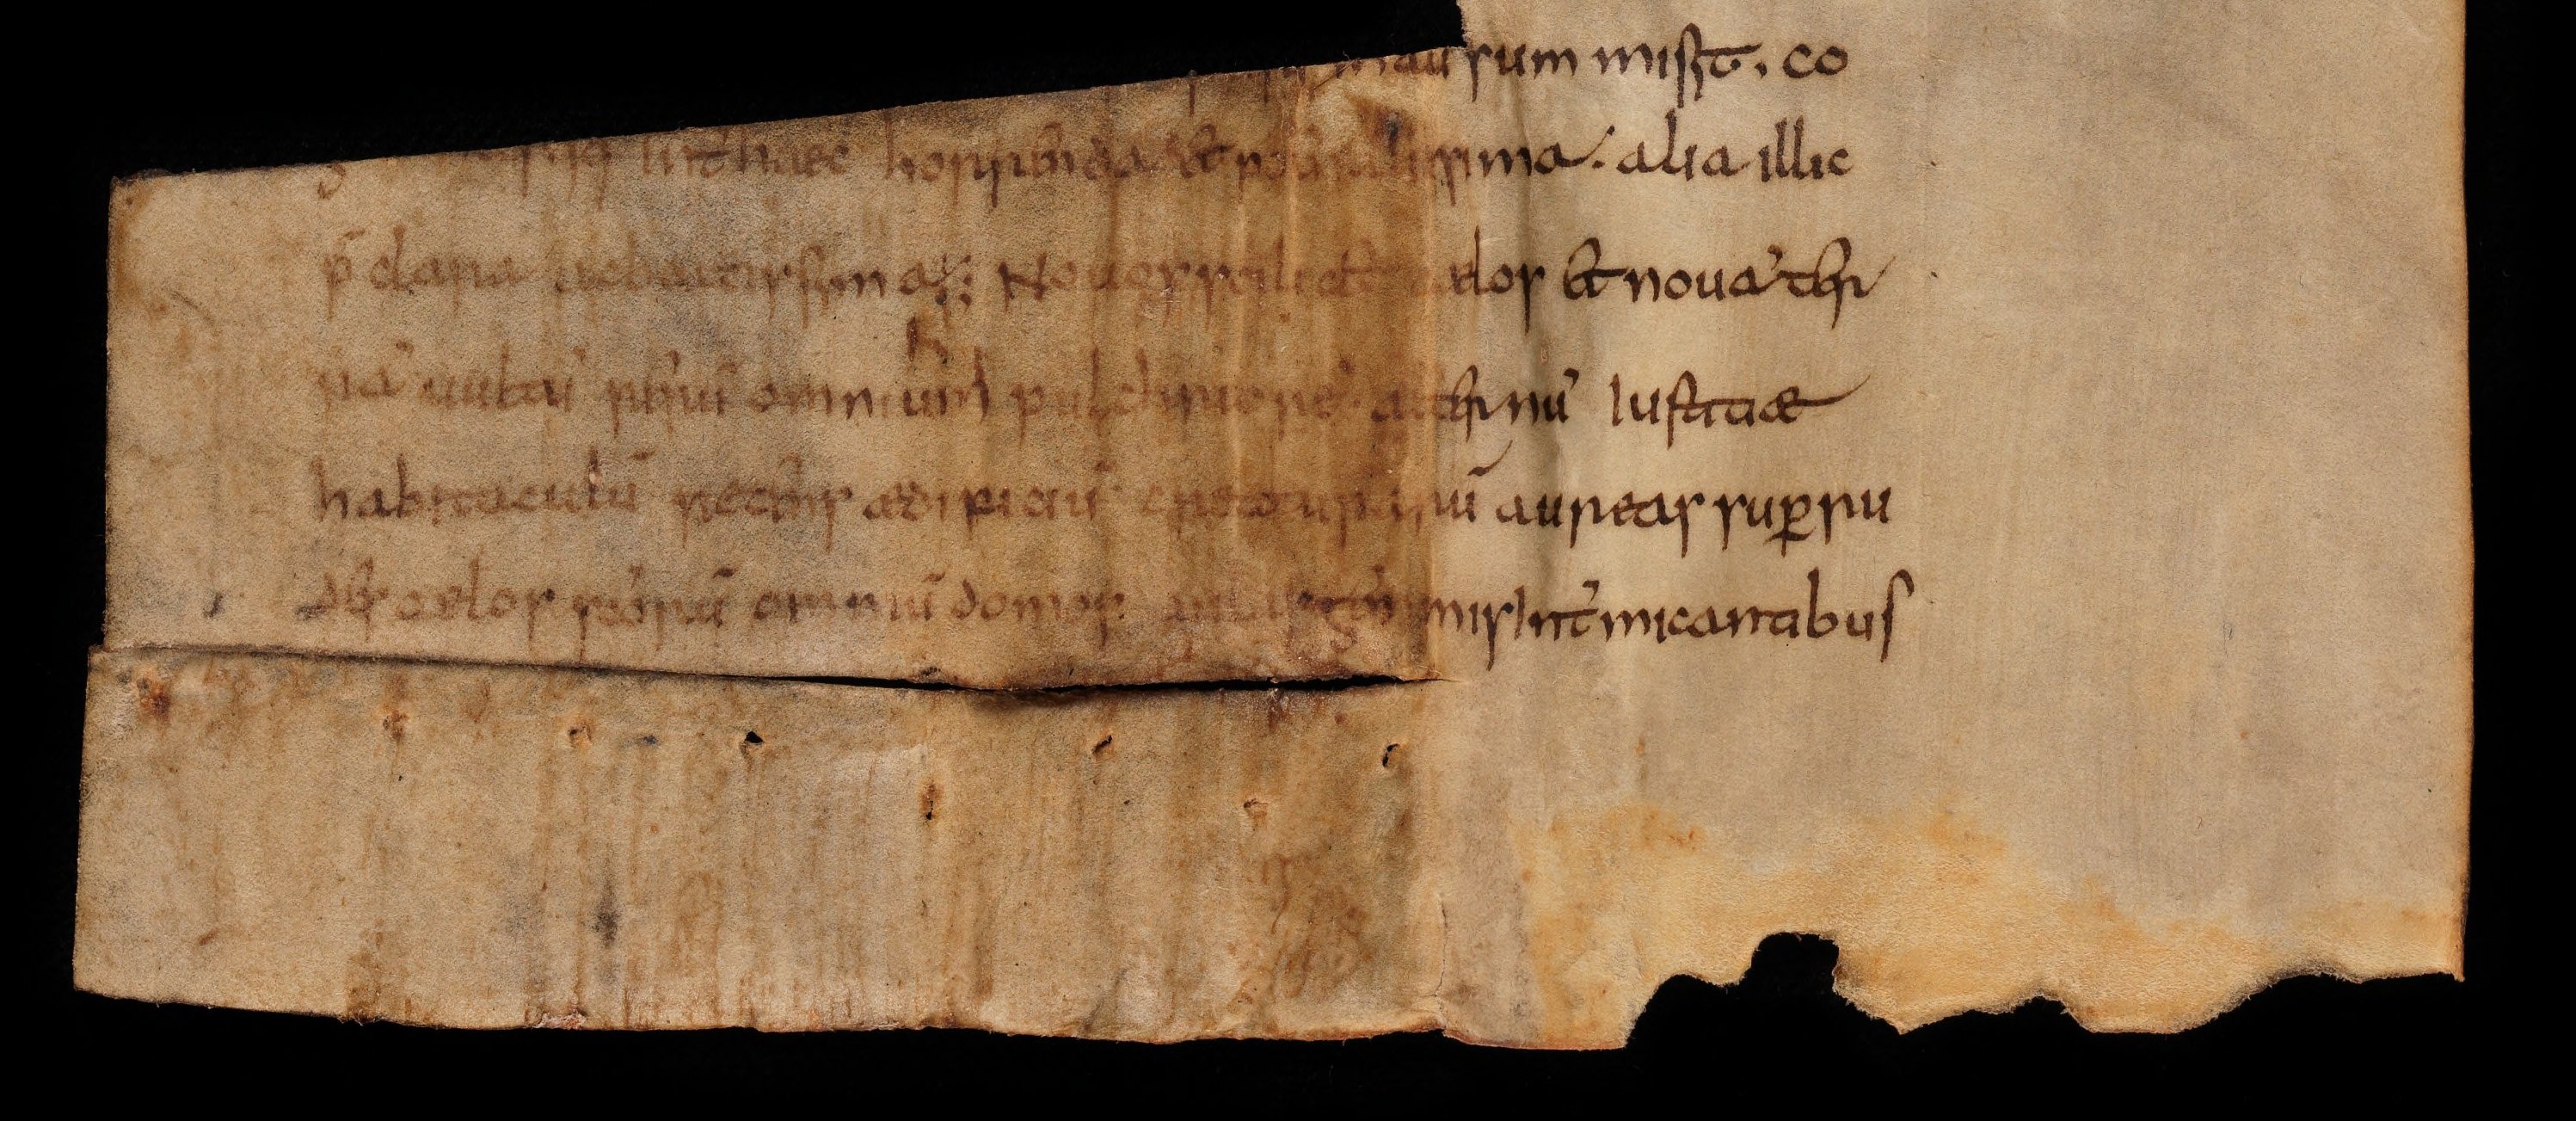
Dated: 800–824